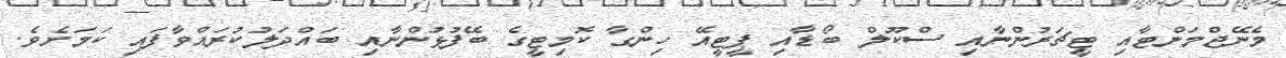
މެނޭޖްމަންޓާއި ޓީޗަރުންނާއި ސްކޫލް ބޯޑާއި ޕީޓީއޭ ހިންގާ ކޮމިޓީގެ ބޭފުޅުންނާއި ބައްދަލުކުރައްވާފައި ކަމަށެވެ.